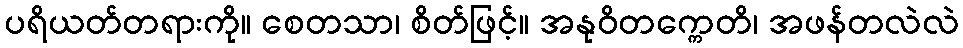
ပရိယတ်တရားကို။ စေတသာ၊ စိတ်ဖြင့်။ အနုဝိတက္ကေတိ၊ အဖန်တလဲလဲ